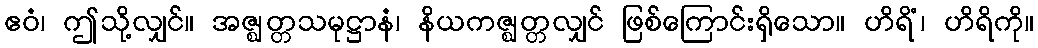
ဧဝံ၊ ဤသို့လျှင်။ အဇ္ဈတ္တသမုဋ္ဌာနံ၊ နိယကဇ္ဈတ္တလျှင် ဖြစ်ကြောင်းရှိသော။ ဟိရိံ၊ ဟိရိကို။